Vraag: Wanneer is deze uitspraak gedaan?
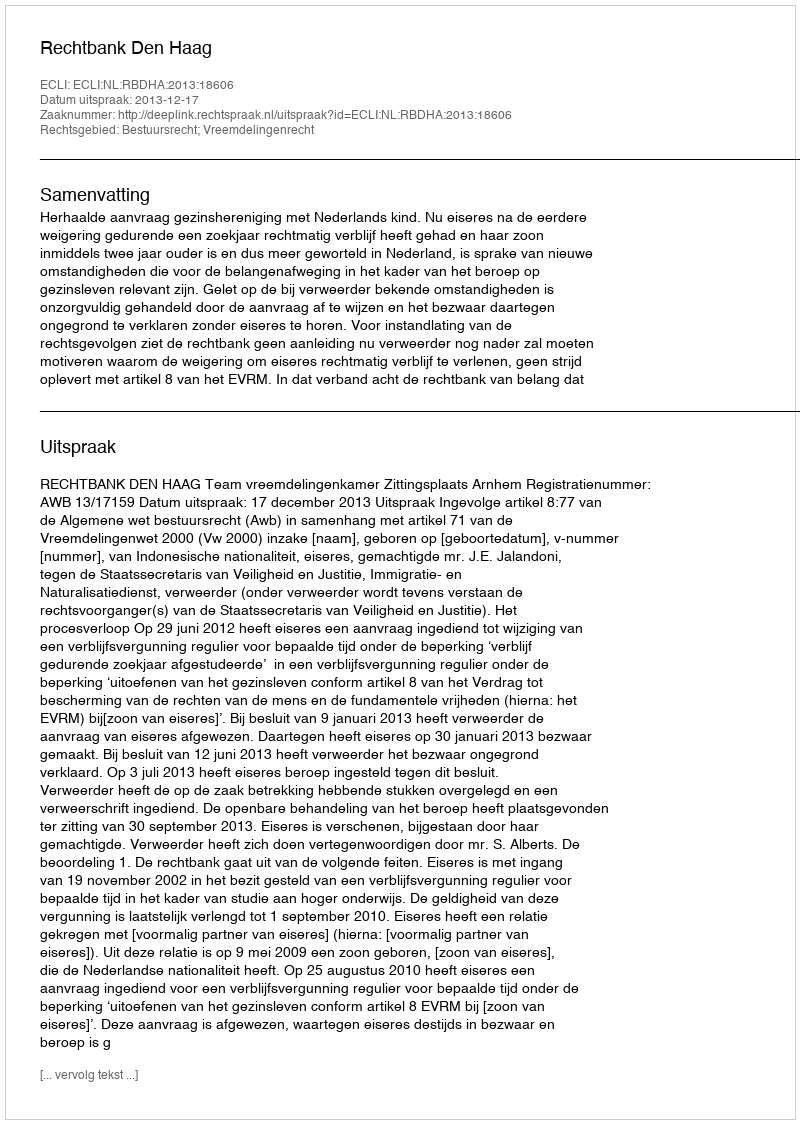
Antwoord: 2013-12-17